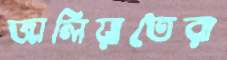
জালিয়াতেরা